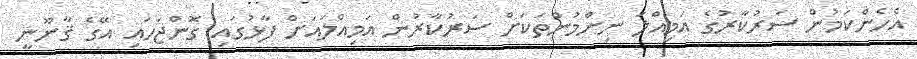
އެހެންކަމުން ސަރުކާރުގެ އަމިއްލަ ނިންމުންތަކަށް ސަރުކާރުން އަމިއްލައަށް ފާޅުގައި ގޮންޖަހައި އޭގެ ޤާނޫނީ